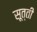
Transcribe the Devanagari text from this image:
सूत्ती